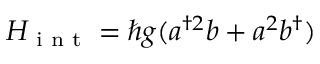
H _ { \textrm { i n t } } = \hbar g ( a ^ { \dagger 2 } b + a ^ { 2 } b ^ { \dagger } )